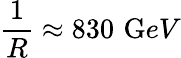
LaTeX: \frac{1}{R}\approx 830\, \, {\mathrm GeV}